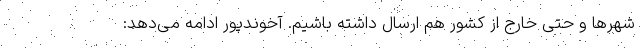
شهرها و حتی خارج از کشور هم ارسال داشته باشیم. آخوندپور ادامه می‌دهد: